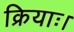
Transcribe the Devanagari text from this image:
क्रियाः।